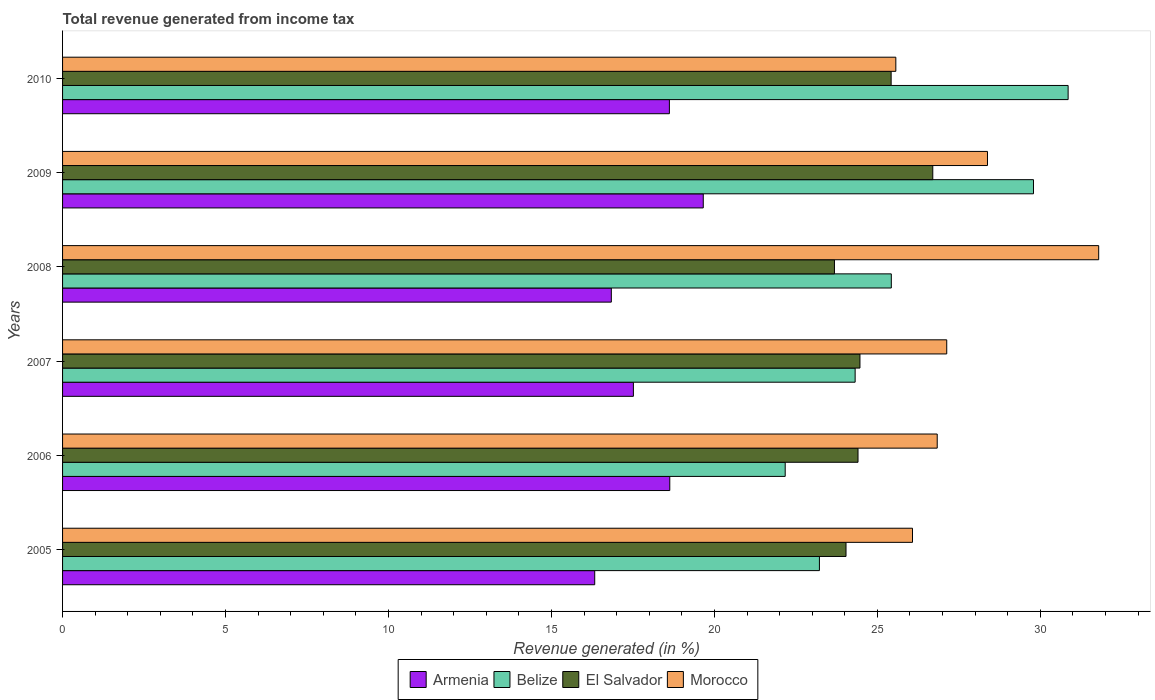
| Years | Armenia | Belize | El Salvador | Morocco |
 | --- | --- | --- | --- | --- |
 | 2005 | 16.3 | 23.2 | 24 | 26.1 |
 | 2006 | 18.6 | 22.2 | 24.4 | 26.8 |
 | 2007 | 17.5 | 24.3 | 24.5 | 27.1 |
 | 2008 | 16.8 | 25.4 | 23.7 | 31.8 |
 | 2009 | 19.7 | 29.8 | 26.7 | 28.4 |
 | 2010 | 18.6 | 30.9 | 25.4 | 25.6 |